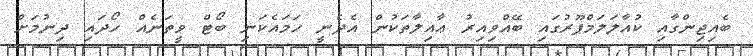
ބެއިޖިންގާއި ކުއާލަލަމްޕޫރުގައި ބޭއްވިއިރު ޢާއިލާތަކުން އެދެނީ ހަމައެކަނި ބޯޓް ވީތަނެއް ހޯދައި ދިނުމަށް